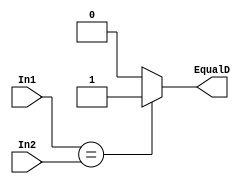
`timescale 1ns / 1ps

module Comparator #(parameter AWL = 6, DWL = 32, DEPTH = 2**AWL)
                   (input [DWL-1:0] In1, In2,
                    output reg EqualD);
                    
    always @ (*) begin
        if (In1 == In2)
            EqualD = 1'b1;
        else
            EqualD = 1'b0;
    end
                    
endmodule